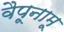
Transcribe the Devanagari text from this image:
वैपूनामू